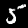
Label: 5